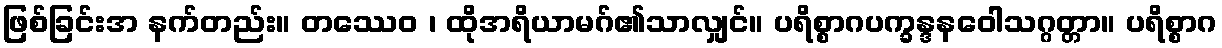
ဖြစ်ခြင်းအ နက်တည်း။ တဿေဝ ၊ ထိုအရိယာမဂ်၏သာလျှင်။ ပရိစ္စာဂပက္ခန္ဒနဝေါသဂ္ဂတ္တာ။ ပရိစ္စာဂ